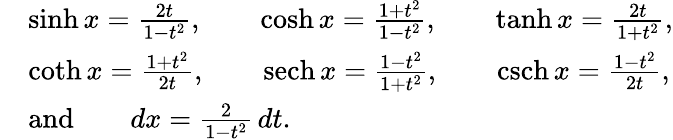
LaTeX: {\begin{array}{rl}&{\sinh x={\frac{2t}{1-t^{2}}},\qquad\cosh x={\frac{1+t^{2}}{1-t^{2}}},\qquad\operatorname{tanh}x={\frac{2t}{1+t^{2}}},}\\ &{\coth x={\frac{1+t^{2}}{2t}},\qquad\operatorname{sech}x={\frac{1-t^{2}}{1+t^{2}}},\qquad\operatorname{csch}x={\frac{1-t^{2}}{2t}},}\\ &{{\mathrm{and}}\qquad dx={\frac{2}{1-t^{2}}}\, dt.}\end{array}}